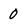
Character: 0